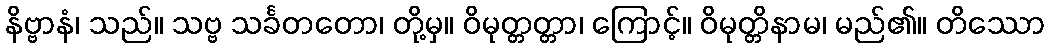
နိဗ္ဗာနံ၊ သည်။ သဗ္ဗ သင်္ခတတော၊ တို့မှ။ ဝိမုတ္တတ္တာ၊ ကြောင့်။ ဝိမုတ္တိနာမ၊ မည်၏။ တိဿော